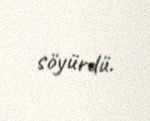
söyürdü.